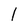
Character: 1